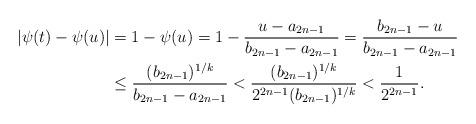
LaTeX: \begin{align*}|\psi (t)-\psi (u)|&=1-\psi (u)=1-\dfrac{u-a_{2n-1}}{b_{2n-1}-a_{2n-1}}=\dfrac{b_{2n-1}-u}{b_{2n-1}-a_{2n-1}}\\&\leq \dfrac{(b_{2n-1})^{1/k}}{b_{2n-1} -a_{2n-1}}<\dfrac{(b_{2n-1})^{1/k}}{2^{2n-1}(b_{2n-1})^{1/k}}<\dfrac{1}{2^{2n-1}}.\end{align*}